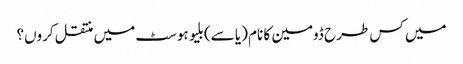
میں کس طرح ڈومین کا نام (یا سے) بلیو ہوسٹ میں منتقل کروں؟